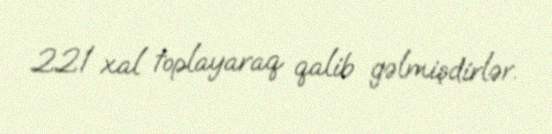
221 xal toplayaraq qalib gəlmişdirlər.